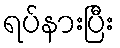
ရပ်နားပြီး